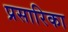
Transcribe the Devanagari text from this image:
प्रसारिका